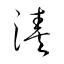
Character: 湊